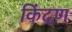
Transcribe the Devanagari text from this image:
किंदण